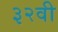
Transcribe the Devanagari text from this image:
३२वी